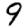
Digit: 9